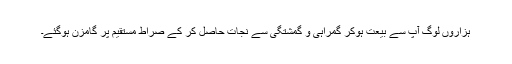
ہزاروں لوگ آپ سے بیعت ہوکر گمراہی و گمشتگی سے نجات حاصل کر کے صراطِ مستقیم پر گامزن ہوگئے۔